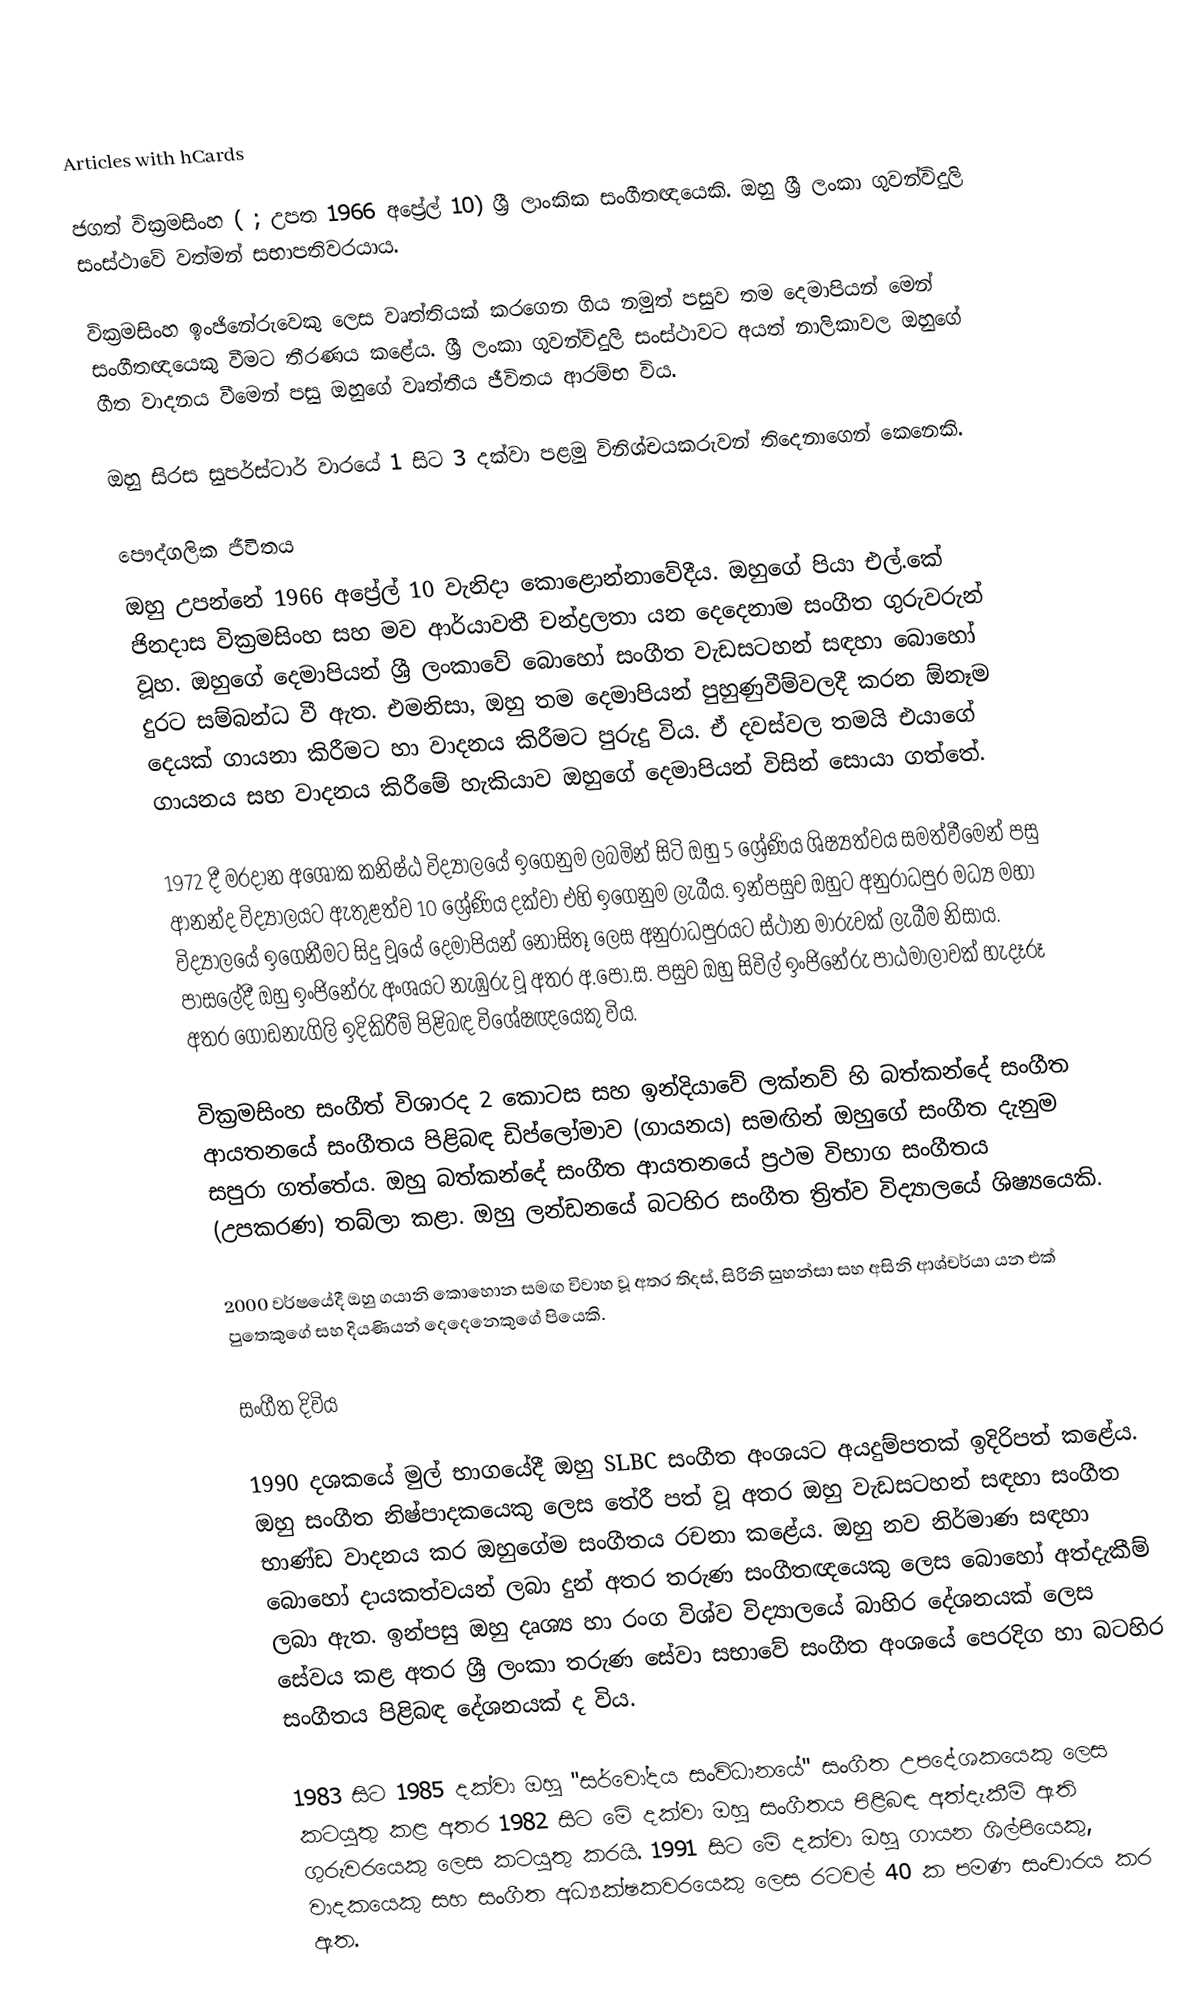
Articles with hCards

ජගත් වික්‍රමසිංහ (    ; උපත 1966 අප්‍රේල් 10) ශ්‍රී ලාංකික සංගීතඥයෙකි. ඔහු ශ්‍රී ලංකා ගුවන්විදුලි සංස්ථාවේ වත්මන් සභාපතිවරයාය.

වික්‍රමසිංහ ඉංජිනේරුවෙකු ලෙස වෘත්තියක් කරගෙන ගිය නමුත් පසුව තම දෙමාපියන් මෙන් සංගීතඥයෙකු වීමට තීරණය කළේය. ශ්‍රී ලංකා ගුවන්විදුලි සංස්ථාවට අයත් නාලිකාවල ඔහුගේ ගීත වාදනය වීමෙන් පසු ඔහුගේ වෘත්තීය ජීවිතය ආරම්භ විය.

ඔහු සිරස සුපර්ස්ටාර් වාරයේ 1 සිට 3 දක්වා පළමු විනිශ්චයකරුවන් තිදෙනාගෙන් කෙනෙකි.

පෞද්ගලික ජීවිතය
ඔහු උපන්නේ 1966 අප්‍රේල් 10 වැනිදා කොළොන්නාවේදීය. ඔහුගේ පියා එල්.කේ ජිනදාස වික්‍රමසිංහ සහ මව ආර්යාවතී චන්ද්‍රලතා යන දෙදෙනාම සංගීත ගුරුවරුන් වූහ. ඔහුගේ දෙමාපියන් ශ්‍රී ලංකාවේ බොහෝ සංගීත වැඩසටහන් සඳහා බොහෝ දුරට සම්බන්ධ වී ඇත. එමනිසා, ඔහු තම දෙමාපියන් පුහුණුවීම්වලදී කරන ඕනෑම දෙයක් ගායනා කිරීමට හා වාදනය කිරීමට පුරුදු විය. ඒ දවස්වල තමයි එයාගේ ගායනය සහ වාදනය කිරීමේ හැකියාව ඔහුගේ දෙමාපියන් විසින් සොයා ගත්තේ.

1972 දී මරදාන අශෝක කනිෂ්ඨ විද්‍යාලයේ ඉගෙනුම ලබමින් සිටි ඔහු 5 ශ්‍රේණිය ශිෂ්‍යත්වය සමත්වීමෙන් පසු ආනන්ද විද්‍යාලයට ඇතුළත්ව 10 ශ්‍රේණිය දක්වා එහි ඉගෙනුම ලැබීය. ඉන්පසුව ඔහුට අනුරාධපුර මධ්‍ය මහා විද්‍යාලයේ ඉගෙනීමට සිදු වූයේ දෙමාපියන් නොසිතූ ලෙස අනුරාධපුරයට ස්ථාන මාරුවක් ලැබීම නිසාය. පාසලේදී ඔහු ඉංජිනේරු අංශයට නැඹුරු වූ අතර අ.පො.ස. පසුව ඔහු සිවිල් ඉංජිනේරු පාඨමාලාවක් හැදෑරූ අතර ගොඩනැගිලි ඉදිකිරීම් පිළිබඳ විශේෂඥයෙකු විය.

වික්‍රමසිංහ සංගීත් විශාරද 2 කොටස සහ ඉන්දියාවේ ලක්නව් හි බත්කන්දේ සංගීත ආයතනයේ සංගීතය පිළිබඳ ඩිප්ලෝමාව (ගායනය) සමඟින් ඔහුගේ සංගීත දැනුම සපුරා ගත්තේය. ඔහු බත්කන්දේ සංගීත ආයතනයේ ප්‍රථම විභාග සංගීතය (උපකරණ) තබ්ලා කළා. ඔහු ලන්ඩනයේ බටහිර සංගීත ත්‍රිත්ව විද්‍යාලයේ ශිෂ්‍යයෙකි.

2000 වර්ෂයේදී ඔහු ගයානි කොහොන සමඟ විවාහ වූ අතර තිදස්, සිරිනි සුහන්සා සහ අසිනි ආශ්චර්යා යන එක් පුතෙකුගේ සහ දියණියන් දෙදෙනෙකුගේ පියෙකි.

සංගීත දිවිය

1990 දශකයේ මුල් භාගයේදී ඔහු SLBC සංගීත අංශයට අයදුම්පතක් ඉදිරිපත් කළේය. ඔහු සංගීත නිෂ්පාදකයෙකු ලෙස තේරී පත් වූ අතර ඔහු වැඩසටහන් සඳහා සංගීත භාණ්ඩ වාදනය කර ඔහුගේම සංගීතය රචනා කළේය. ඔහු නව නිර්මාණ සඳහා බොහෝ දායකත්වයන් ලබා දුන් අතර තරුණ සංගීතඥයෙකු ලෙස බොහෝ අත්දැකීම් ලබා ඇත. ඉන්පසු ඔහු දෘශ්‍ය හා රංග විශ්ව විද්‍යාලයේ බාහිර දේශනයක් ලෙස සේවය කළ අතර ශ්‍රී ලංකා තරුණ සේවා සභාවේ සංගීත අංශයේ පෙරදිග හා බටහිර සංගීතය පිළිබඳ දේශනයක් ද විය.

1983 සිට 1985 දක්වා ඔහු "සර්වෝදය සංවිධානයේ" සංගීත උපදේශකයෙකු ලෙස කටයුතු කළ අතර 1982 සිට මේ දක්වා ඔහු සංගීතය පිළිබඳ අත්දැකීම් ඇති ගුරුවරයෙකු ලෙස කටයුතු කරයි. 1991 සිට මේ දක්වා ඔහු ගායන ශිල්පියෙකු, වාදකයෙකු සහ සංගීත අධ්‍යක්ෂකවරයෙකු ලෙස රටවල් 40 ක පමණ සංචාරය කර ඇත.